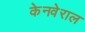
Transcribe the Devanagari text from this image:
केनवेराल